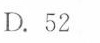
D.52